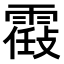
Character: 𩄸